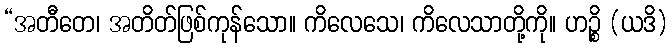
“အတီတေ၊ အတိတ်ဖြစ်ကုန်သော။ ကိလေသေ၊ ကိလေသာတို့ကို။ ဟဉ္စိ (ယဒိ)